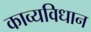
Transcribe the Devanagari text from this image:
काव्यविधान